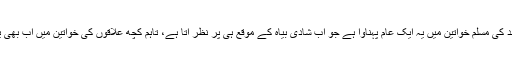
برعظیم پاک و ہند کی مسلم خواتین میں یہ ایک عام پہناوا ہے جو اب شادی بیاہ کے موقع ہی پر نظر آتا ہے، تاہم کچھ علاقوں کی خواتین میں اب بھی یہ عام پہناوا ہے۔